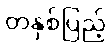
တနှစ်ပြည့်